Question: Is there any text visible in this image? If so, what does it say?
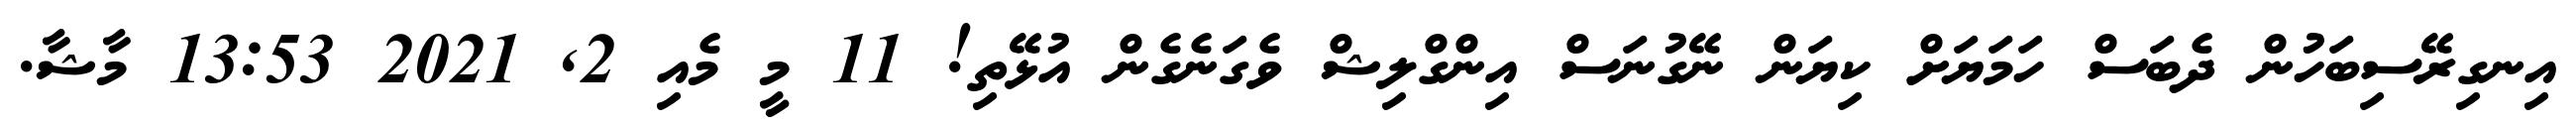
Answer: އިނގިރޭސިބަހުން ދެބަސް ހަމަޔަށް ކިޔަން ނޭގުނަސް އިންގްލިޝް ވެގަނެގެން އުޅޭތި! 11 މީ މެއި 2, 2021 13:53 މާޝާ.